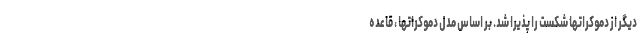
دیگر از دموکراتها شکست را پذیرا شد. بر اساس مدل دموکراتها ، قاعده